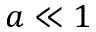
a \ll 1